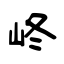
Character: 峂